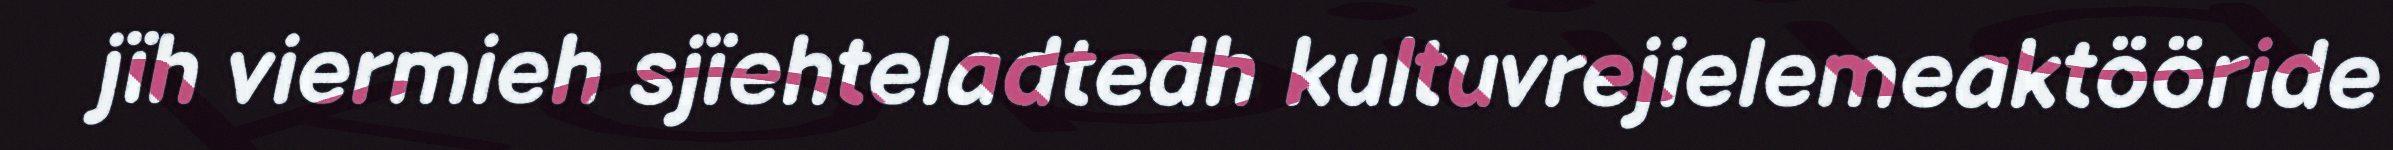
jïh viermieh sjïehteladtedh kultuvrejielemeaktööride